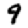
Digit: 9